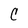
Character: C